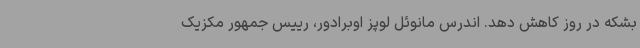
بشکه در روز کاهش دهد. اندرس مانوئل لوپز اوبرادور، رییس جمهور مکزیک